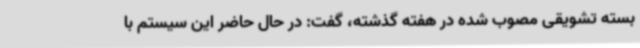
بسته تشویقی مصوب شده در هفته گذشته، گفت: در حال حاضر این سیستم با